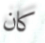
كان